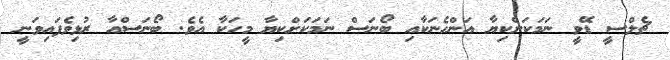
ޗެލްސީ ޑޭވީ ނަމަކަށްކިޔާ އަންހެނަކާއި ބޯނަސް ނަމަކަށްކިޔާ މީހަކާ އެވެ. ބޯނަސްއާ ރުޅިވެފައިވަނީ